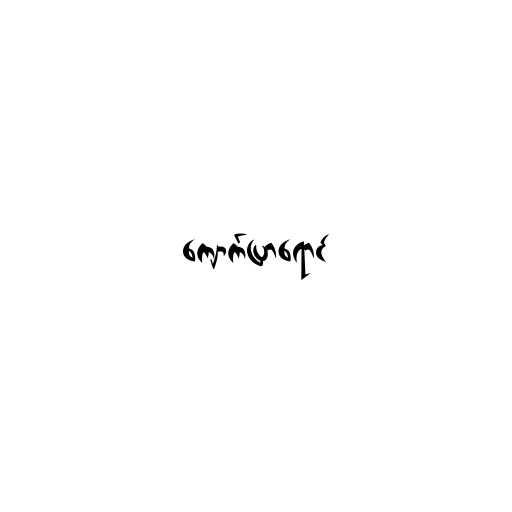
ကျောက်ပြာရောင်